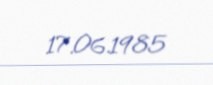
17.06.1985